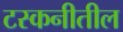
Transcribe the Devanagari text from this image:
टस्कनीतील